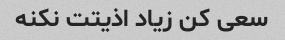
سعی کن زیاد اذیتت نکنه